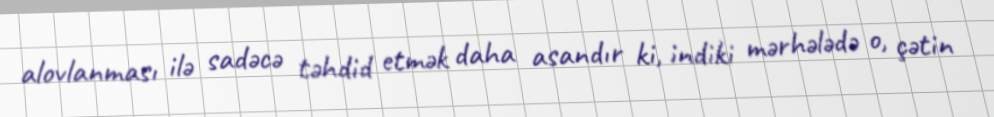
alovlanması ilə sadəcə təhdid etmək daha asandır ki, indiki mərhələdə o, çətin